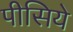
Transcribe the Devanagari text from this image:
पीसिये